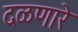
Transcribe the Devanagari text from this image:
दळणारे